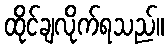
ထိုင်ချလိုက်ရသည်။